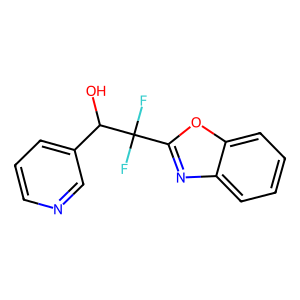
SMILES: OC(c1cccnc1)C(F)(F)c1nc2ccccc2o1
Inhibits HIV replication: No